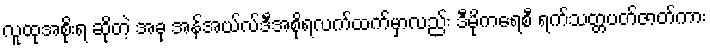
လူထုအစိုးရ ဆိုတဲ့ အခု အန်အယ်လ်ဒီအစိုရလက်ထက်မှာလည်း ဒီမိုကရေစီ ရက်သတ္တပတ်ဇာတ်ကား